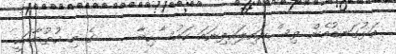
އަޅުގަނޑުމެން ވިސްނައިލައިފިނަމަ ކައުސާހިބާ     ގެ މި ޚުޠުބާއަކީ